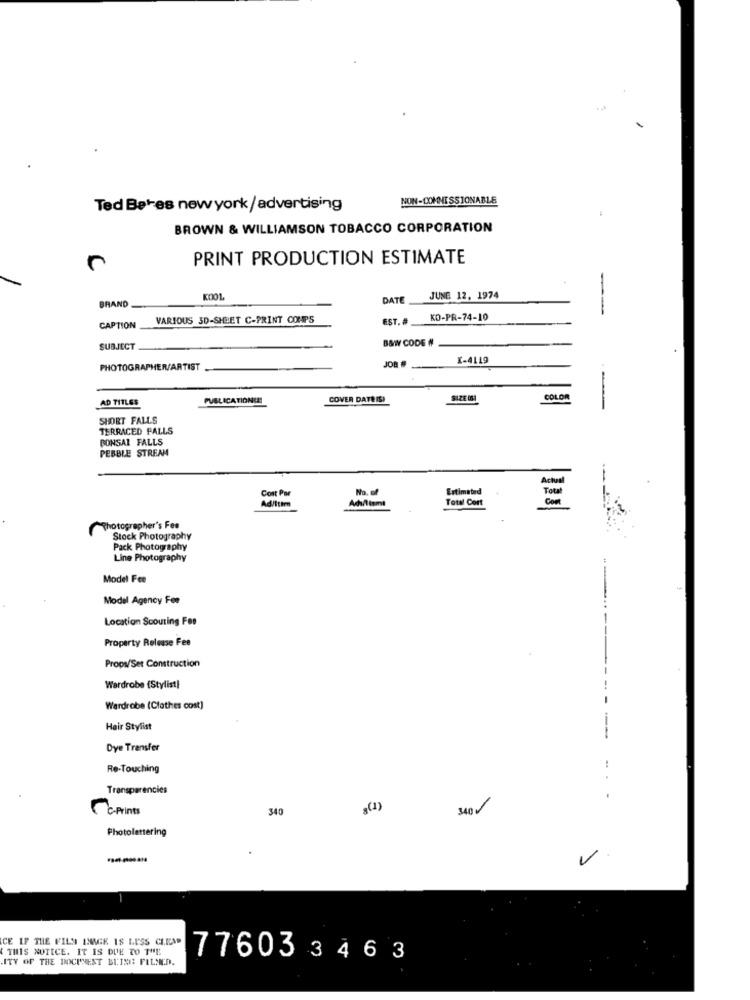
NON-COMMISSIONABLE
Ted Beres newyork/advertising
BROWN & WILLIAMSON TOBACCO CORPORATION
PRINT PRODUCTION ESTIMATE
K001
DATE
JUNE 12, 1974
BRAND
--
VARIOUS 3D-SHEET C-PRINT COUPS
EST. #
KO-PR-74-10
CAPTION
B&W CODE #
SUBJECT
I-4119
PHOTOGRAPHER/ARTIST
JOB
-
AD TITLES
PUBLICATIONU!
COVER DATEISI
SIZE (61
COLOR
SHORT FALLS
TERRACED FALLS
BONSAI FALLS
PEBBLE STREAM
Actual
Cont Par
Estimated
Total
Ad/Itim
Acalltomt
Total Cort
Com
Photographer's Fes
Stock Photography
Pack Photography
Line Photography
Model Fee
Model Agency For
Location Scouting For
Property Release Fee
Props/Set Construction
Wardrobe (Stylist)
Wardrobe (Clothes cost)
Hair Stylist
Dye Transfer
Re-Touching
.. .
Transparencies
CC-Prints
340
g(1)
340
Photolettering
-----
V.
CE IF THE FILS IMAGE IS LESS CLESD
THIS NOTICE. IT IS DUE TO THE
ITY OF THE DOCUMENT BLING FILMED.
77603 3463